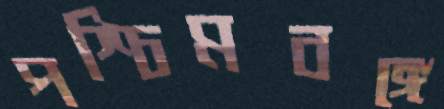
পশ্চিমবঙ্গে